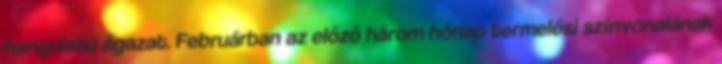
hangulatú ágazat. Februárban az előző három hónap termelési színvonalának